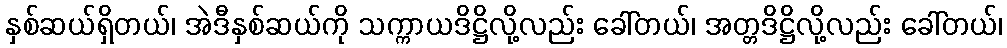
နှစ်ဆယ်ရှိတယ်၊ အဲဒီနှစ်ဆယ်ကို သက္ကာယဒိဋ္ဌိလို့လည်း ခေါ်တယ်၊ အတ္တဒိဋ္ဌိလို့လည်း ခေါ်တယ်၊